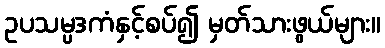
ဥပသမ္ပဒကံနှင့်စပ်၍ မှတ်သားဖွယ်များ။